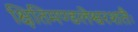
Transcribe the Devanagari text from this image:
क्षितिमण्डलेश्वरशतैः